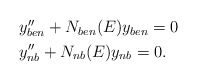
\begin{align*} \begin{aligned} & y''_{ben} +N_{ben}(E)y_{ben}=0 \\ & y''_{nb} +N_{nb}(E)y_{nb}=0.\end{aligned}\end{align*}